Problem: 6 × 8 = ?
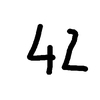
Handwritten answer: 42